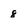
Character: 8